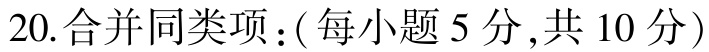
20.合并同类项：(每小题5分,共10分)